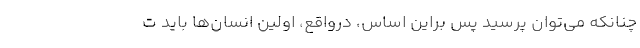
چنانکه می‌توان پرسید پس براین اساس، درواقع، اولین انسان‌ها باید ت